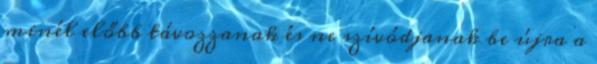
minél előbb távozzanak és ne szívódjanak be újra a